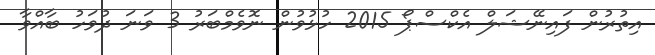
އިތުރުން ފައިނޭޝަލް އެކްސްޕޯ 2015 ހުޅުވުން ނޮވެމްބަރު 3 ވަނަ ދުވަހު ބާއްވާ